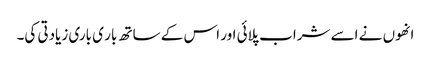
انھوں نے اسے شراب پلائی اور اس کے ساتھ بار ی باری زیادتی کی۔